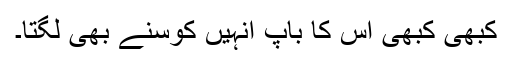
کبھی کبھی اس کا باپ انہیں کوسنے بھی لگتا۔